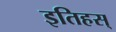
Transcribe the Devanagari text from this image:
इतिहस्